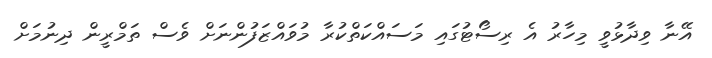
އޭނާ ވިދާޅުވީ މިހާރު އެ ރިސޯޓުގައި މަސައްކަތްކުރާ މުވައްޒަފުންނަށް ވެސް ތަމްރީން ދިނުމަށް